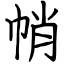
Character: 帩